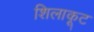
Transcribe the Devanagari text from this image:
शिलाकूट